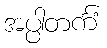
အပ္ပါတင်္ကံ